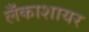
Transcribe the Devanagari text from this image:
लँकाशायर